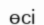
өсі